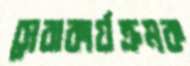
সেবাকার্যক্রমক